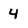
Character: 4